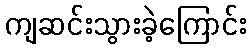
ကျဆင်းသွားခဲ့ကြောင်း